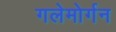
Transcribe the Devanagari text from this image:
गलेमोर्गन